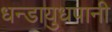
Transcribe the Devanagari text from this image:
धन्डायुधपानी